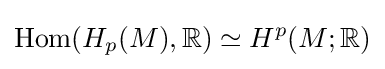
{\text{Hom}}(H_{p}(M),\mathbb {R} )\simeq H^{p}(M;\mathbb {R} )